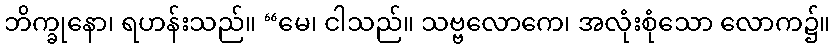
ဘိက္ခုနော၊ ရဟန်းသည်။ “မေ၊ ငါသည်။ သဗ္ဗလောကေ၊ အလုံးစုံသော လောက၌။